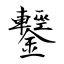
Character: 鑋